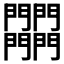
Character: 𨷾